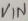
Text: VIN